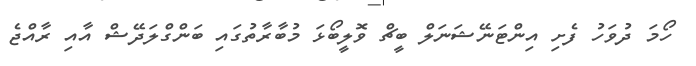
ހޯމަ ދުވަހު ފެށި އިންޓަނޭޝަނަލް ބީޗް ވޮލީބޯޅަ މުބާރާތުގައި ބަންގްލަދޭޝް އާއި ރާއްޖެ